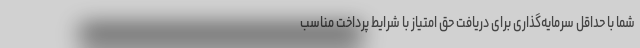
شما با حداقل سرمایه‌گذاری برای دریافت حق امتیاز با شرایط پرداخت مناسب